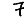
Digit: 7